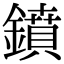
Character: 鐼